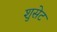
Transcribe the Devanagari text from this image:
शुसेट